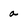
Character: a